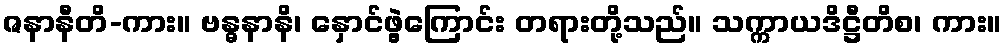
ဇနာနီတိ-ကား။ ဗန္ဓနာနိ၊ နှောင်ဖွဲ့ကြောင်း တရားတို့သည်။ သက္ကာယဒိဋ္ဌီတိစ၊ ကား။